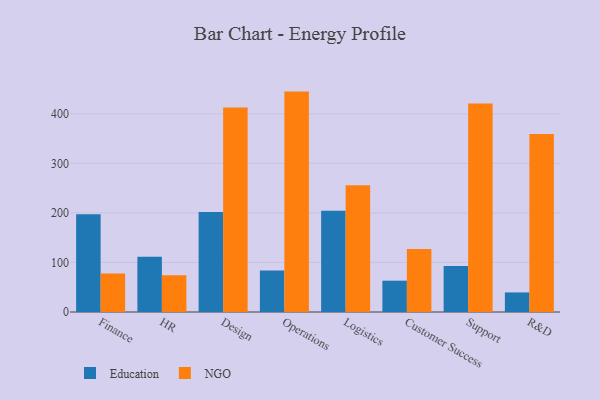
{"axis": {"x": "Department", "y": "Tickets Resolved"}, "legend": ["Education", "NGO"], "data": [{"x": "Finance", "y": 197.5, "type": "Education"}, {"x": "Finance", "y": 77.6, "type": "NGO"}, {"x": "HR", "y": 111.5, "type": "Education"}, {"x": "HR", "y": 74.3, "type": "NGO"}, {"x": "Design", "y": 201.9, "type": "Education"}, {"x": "Design", "y": 412.8, "type": "NGO"}, {"x": "Operations", "y": 83.8, "type": "Education"}, {"x": "Operations", "y": 444.9, "type": "NGO"}, {"x": "Logistics", "y": 204.5, "type": "Education"}, {"x": "Logistics", "y": 256.0, "type": "NGO"}, {"x": "Customer Success", "y": 63.2, "type": "Education"}, {"x": "Customer Success", "y": 127.2, "type": "NGO"}, {"x": "Support", "y": 93.0, "type": "Education"}, {"x": "Support", "y": 420.8, "type": "NGO"}, {"x": "R&D", "y": 39.5, "type": "Education"}, {"x": "R&D", "y": 359.5, "type": "NGO"}]}